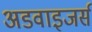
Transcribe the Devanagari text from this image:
अडवाइजर्स